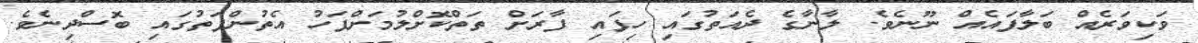
ވަކިވަރެއް ބަލާފައެއް ނޫނެވެ. ލާނާގެ ދެއަތުގައި ހިފައި ފާރަށް ތަތްކޮށްލުމަށްފަހު އެތުންފަތުގައި ބޮސްދިނެވެ.